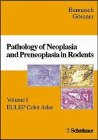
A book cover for Pathology of Neoplasia and Preneoplasia in Rodents; Medical Books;